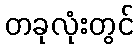
တခုလုံးတွင်